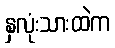
နှလုံးသားထဲက